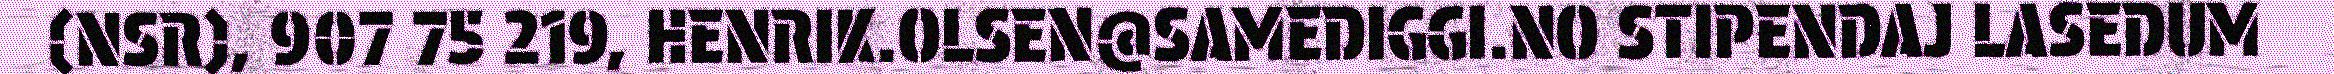
(NSR), 907 75 219, HENRIK.OLSEN@SAMEDIGGI.NO STIPENDAJ LASEDUM